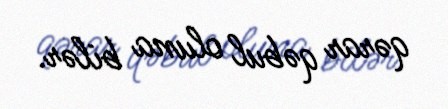
qərar qəbul oluna bilər.